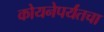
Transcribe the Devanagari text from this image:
कोयनेपर्यंतचा